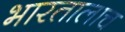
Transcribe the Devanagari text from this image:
भारतालाच